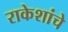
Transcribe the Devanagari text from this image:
राकेशांचे